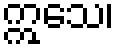
ဣသေ၊